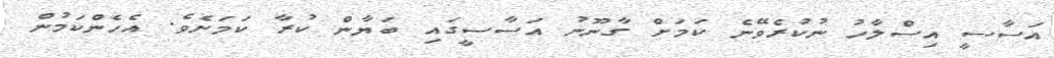
އަސާސީ އިސްލާހު ނުކުރެވޭނެ ކަމަށް ގާނޫނު އަސާސީގައި ބަޔާން ކުރާ ކަމަށެވެ. އެހެންކަމުން